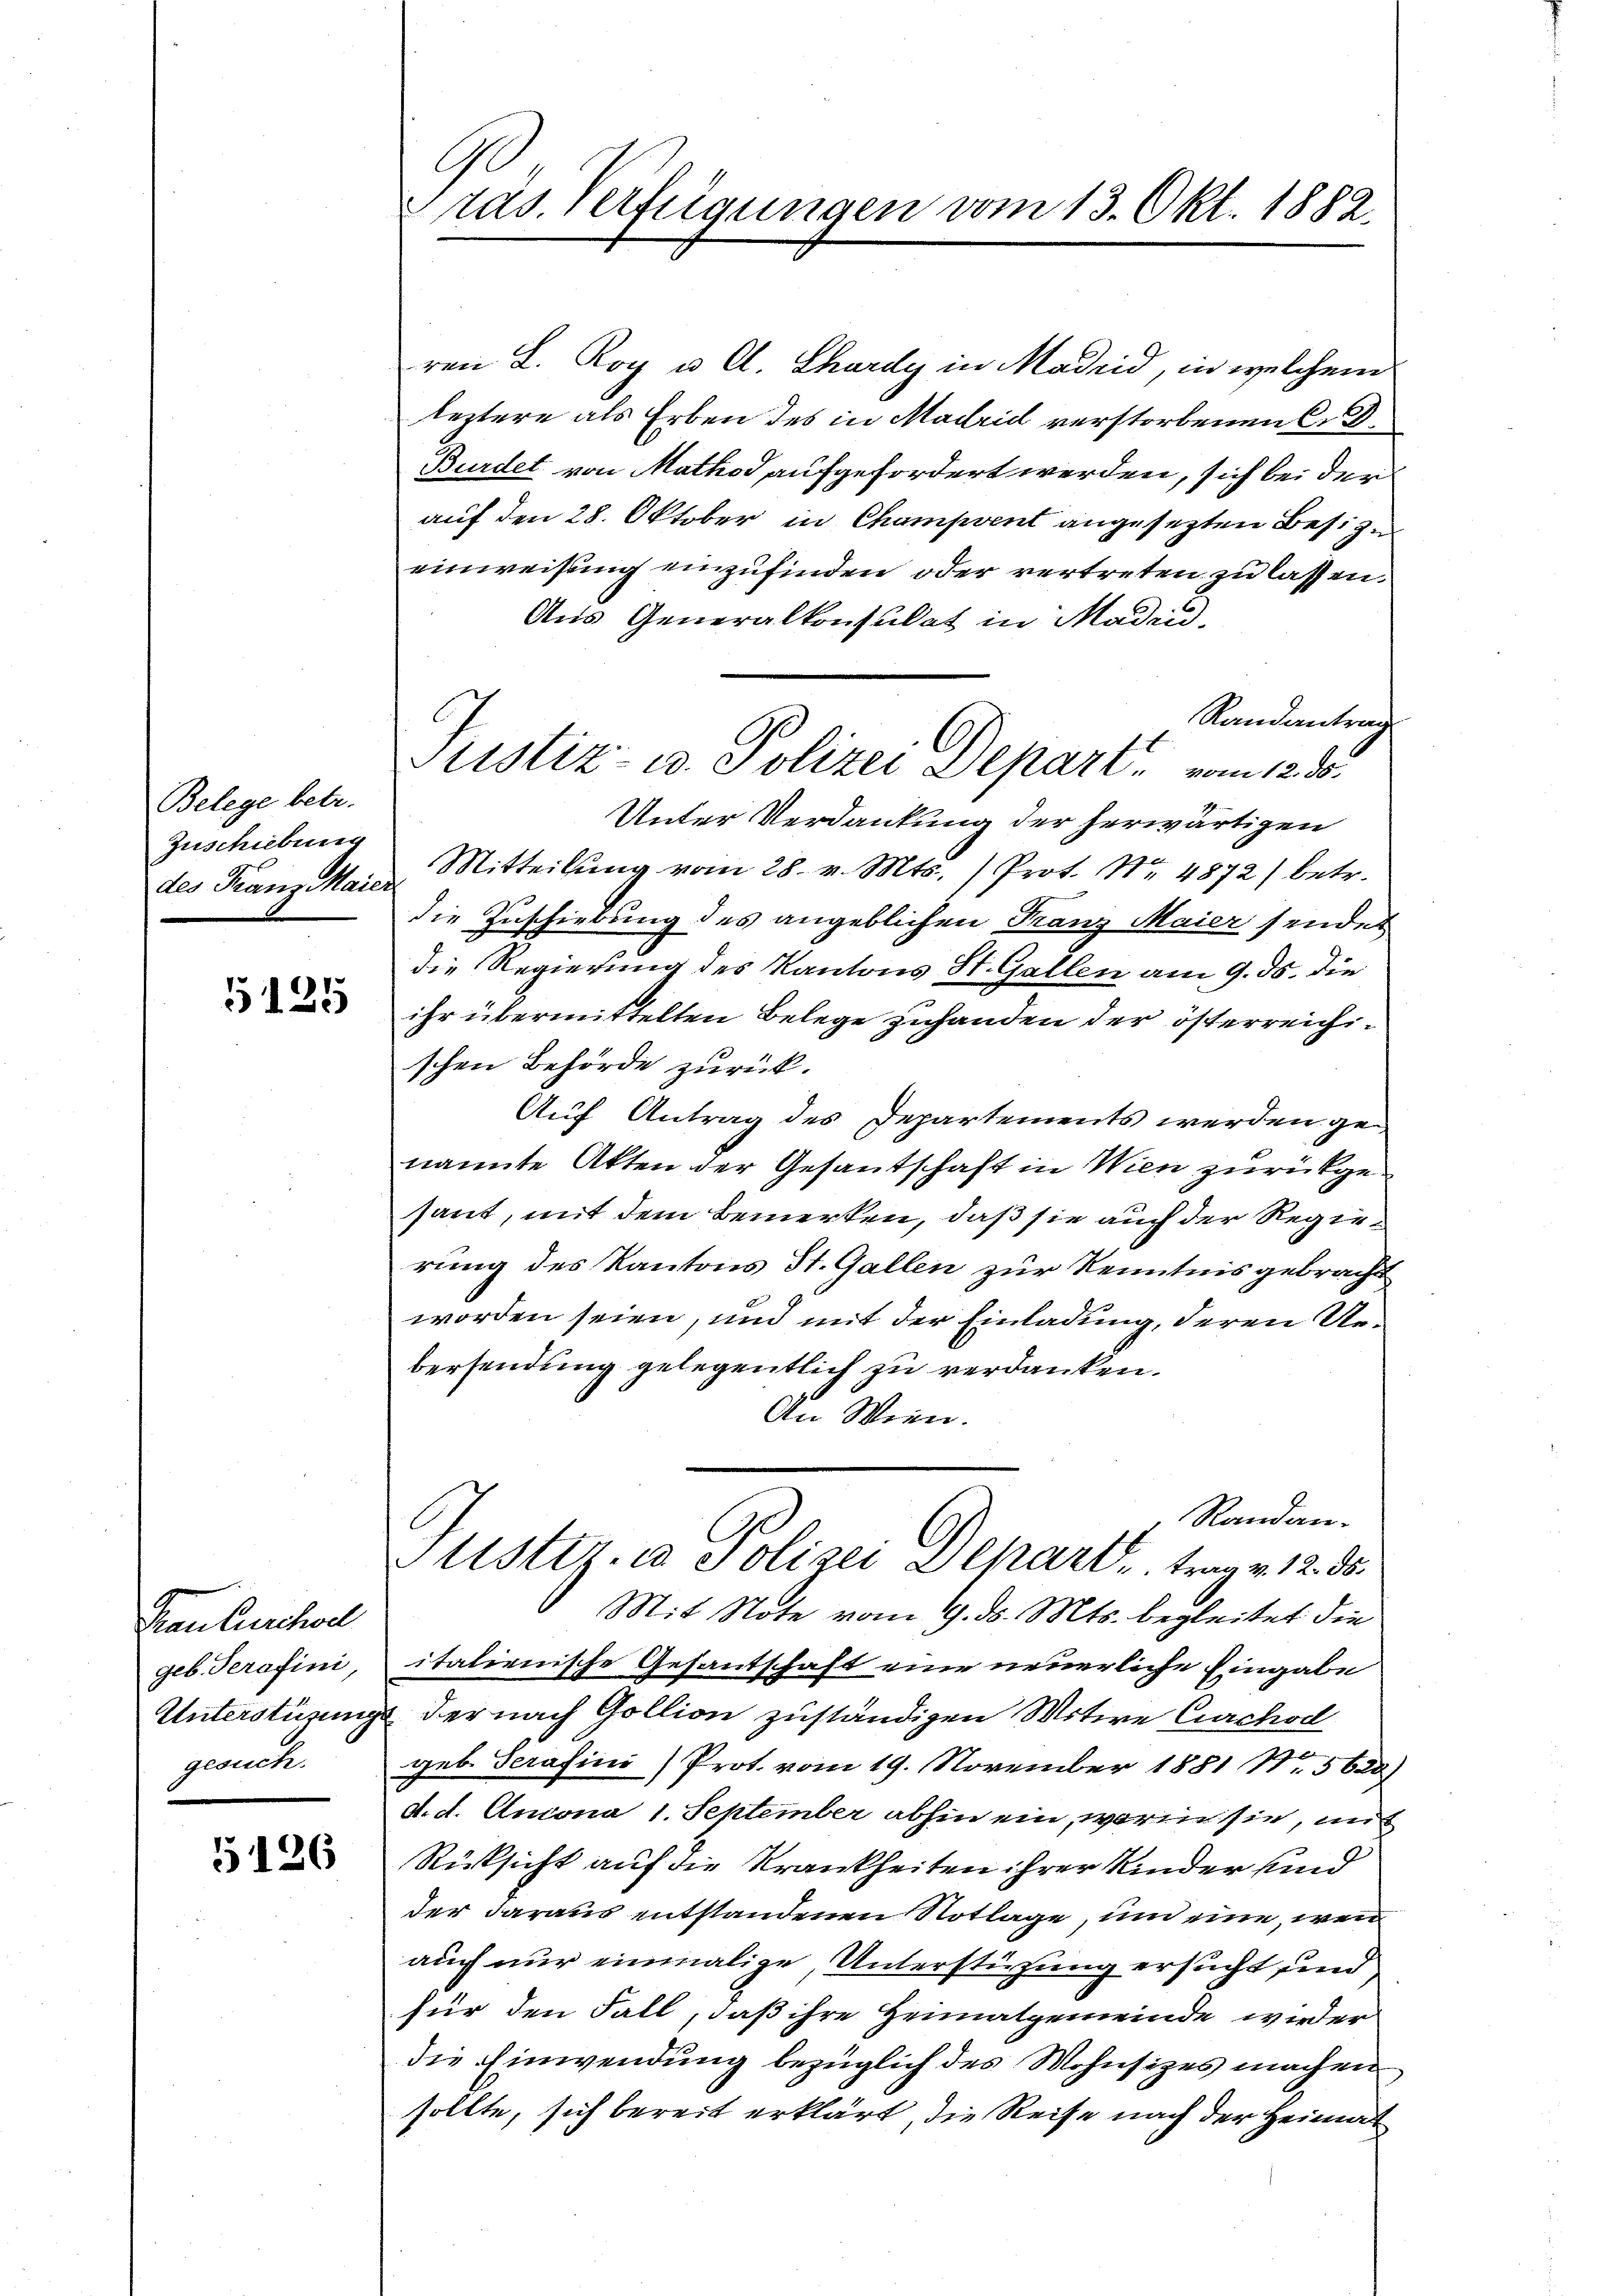
Belege betr.
Zuschiebung

125

Frau bescholl
geb. Serafini,
gencke

5126

C
räs. Verfügungen vom 13. Okt. 1882.

ren L. Roy u. A. Charay in Madrid, in welchem
leztere als Erben des in Madrid verstorbenen C. D.
Burdet von Mathod aufgefordert werden, sich bei der
auf den 28. Oktober in Champvent angesezten Besizu
einweisung einzufinden oder vertreten zu lassen.
Aus Generalkonsulat in Maden,
Randantrag
Unter Verdankung der herwärtigen
des Franz Maier Mitteilŭng vom 28. v. Mts. /Prot. No. 4872) betr.
die Zuschiebung des angeblichen Franz Maier sendes
die Regierung des Kantons St. Gallen am 9. ds. die
ihr übermittelten Belege zuhanden der österreichischen Behörde zurück.
Auf Antrag des Departements werden genannte Akten der Gesantschaft in Wien zurückgesant, mit dem Bemerken, daß sie auch der Regierung des Kantons St. Gallen zur Kenntnis gebracht
worden seien, und mit der Einladung, deren Uebersendung gelegentlich zu verdanken.
An Wien.
Randan¬
C
Sistiz & Polizei Depart, trag v. 12. 35.
Mit Note vom 9. d. Mts. begleitet die
italienische Gesantschaft eine neuerliche Eingabe
Unterstüzungs der nach Gollion zuständigen Witwe Curchod
geb. Serafini Prot. vom 19. November 1881 Nr. 5600
d. d. Ancona 1. September abhin ein, worin sie, mit
Rücksicht auf die Krankheiten ihrer Kinder und
der daraus entstandenen Notlage, um eine, wenn
auch nur einmalige Unterstüzung ersucht, un
für den Fall, daß ihre Heimatgemeinde wieder
die Einwendung bezüglich des Wohnsizes machen
sollte, sich bereit erklärt, die Reise nach der Heimat

Justiz- u. Polizei Depart, vom 12.5.